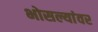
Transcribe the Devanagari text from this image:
भोसल्यांवर